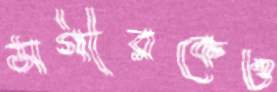
সগীরকেও